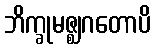
ဘိက္ခုမဇ္ဈဂတောပိ